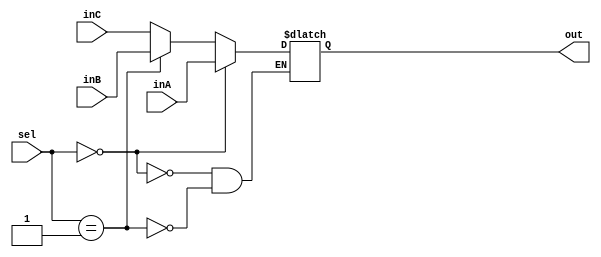
`timescale 1ns / 1ps
//////////////////////////////////////////////////////////////////////////////////
// Company: 
// Engineer: 
// 
// Design Name: 
// Module Name: Mux32Bit3to1
// Project Name: 
// Target Devices: 
// Tool Versions: 
// Description: 
// 
// Dependencies: 
// 
// Revision:
// Revision 0.01 - File Created
// Additional Comments:
// 
//////////////////////////////////////////////////////////////////////////////////


module Mux32Bit3to1(inA, inB, inC, sel, out);
input [31:0] inA; 
input [31:0] inB; 
input [31:0] inC;
input [1:0] sel; 

output reg [31:0]out; 
 
 always @ (*)   
    if (sel == 00) begin
    
    out <= inA; 
    
    end
    else if (sel == 01)begin 
    out <= inB; 
    end
    else if (sel == 10) begin
    
    out <= inC;
    end
    
endmodule